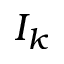
I _ { k }